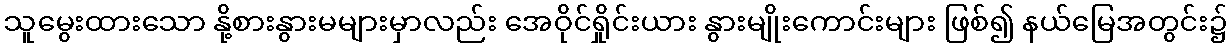
သူမွေးထားသော နို့စားနွားမများမှာလည်း အေဝိုင်ရှိုင်းယား နွားမျိုးကောင်းများ ဖြစ်၍ နယ်မြေအတွင်း၌